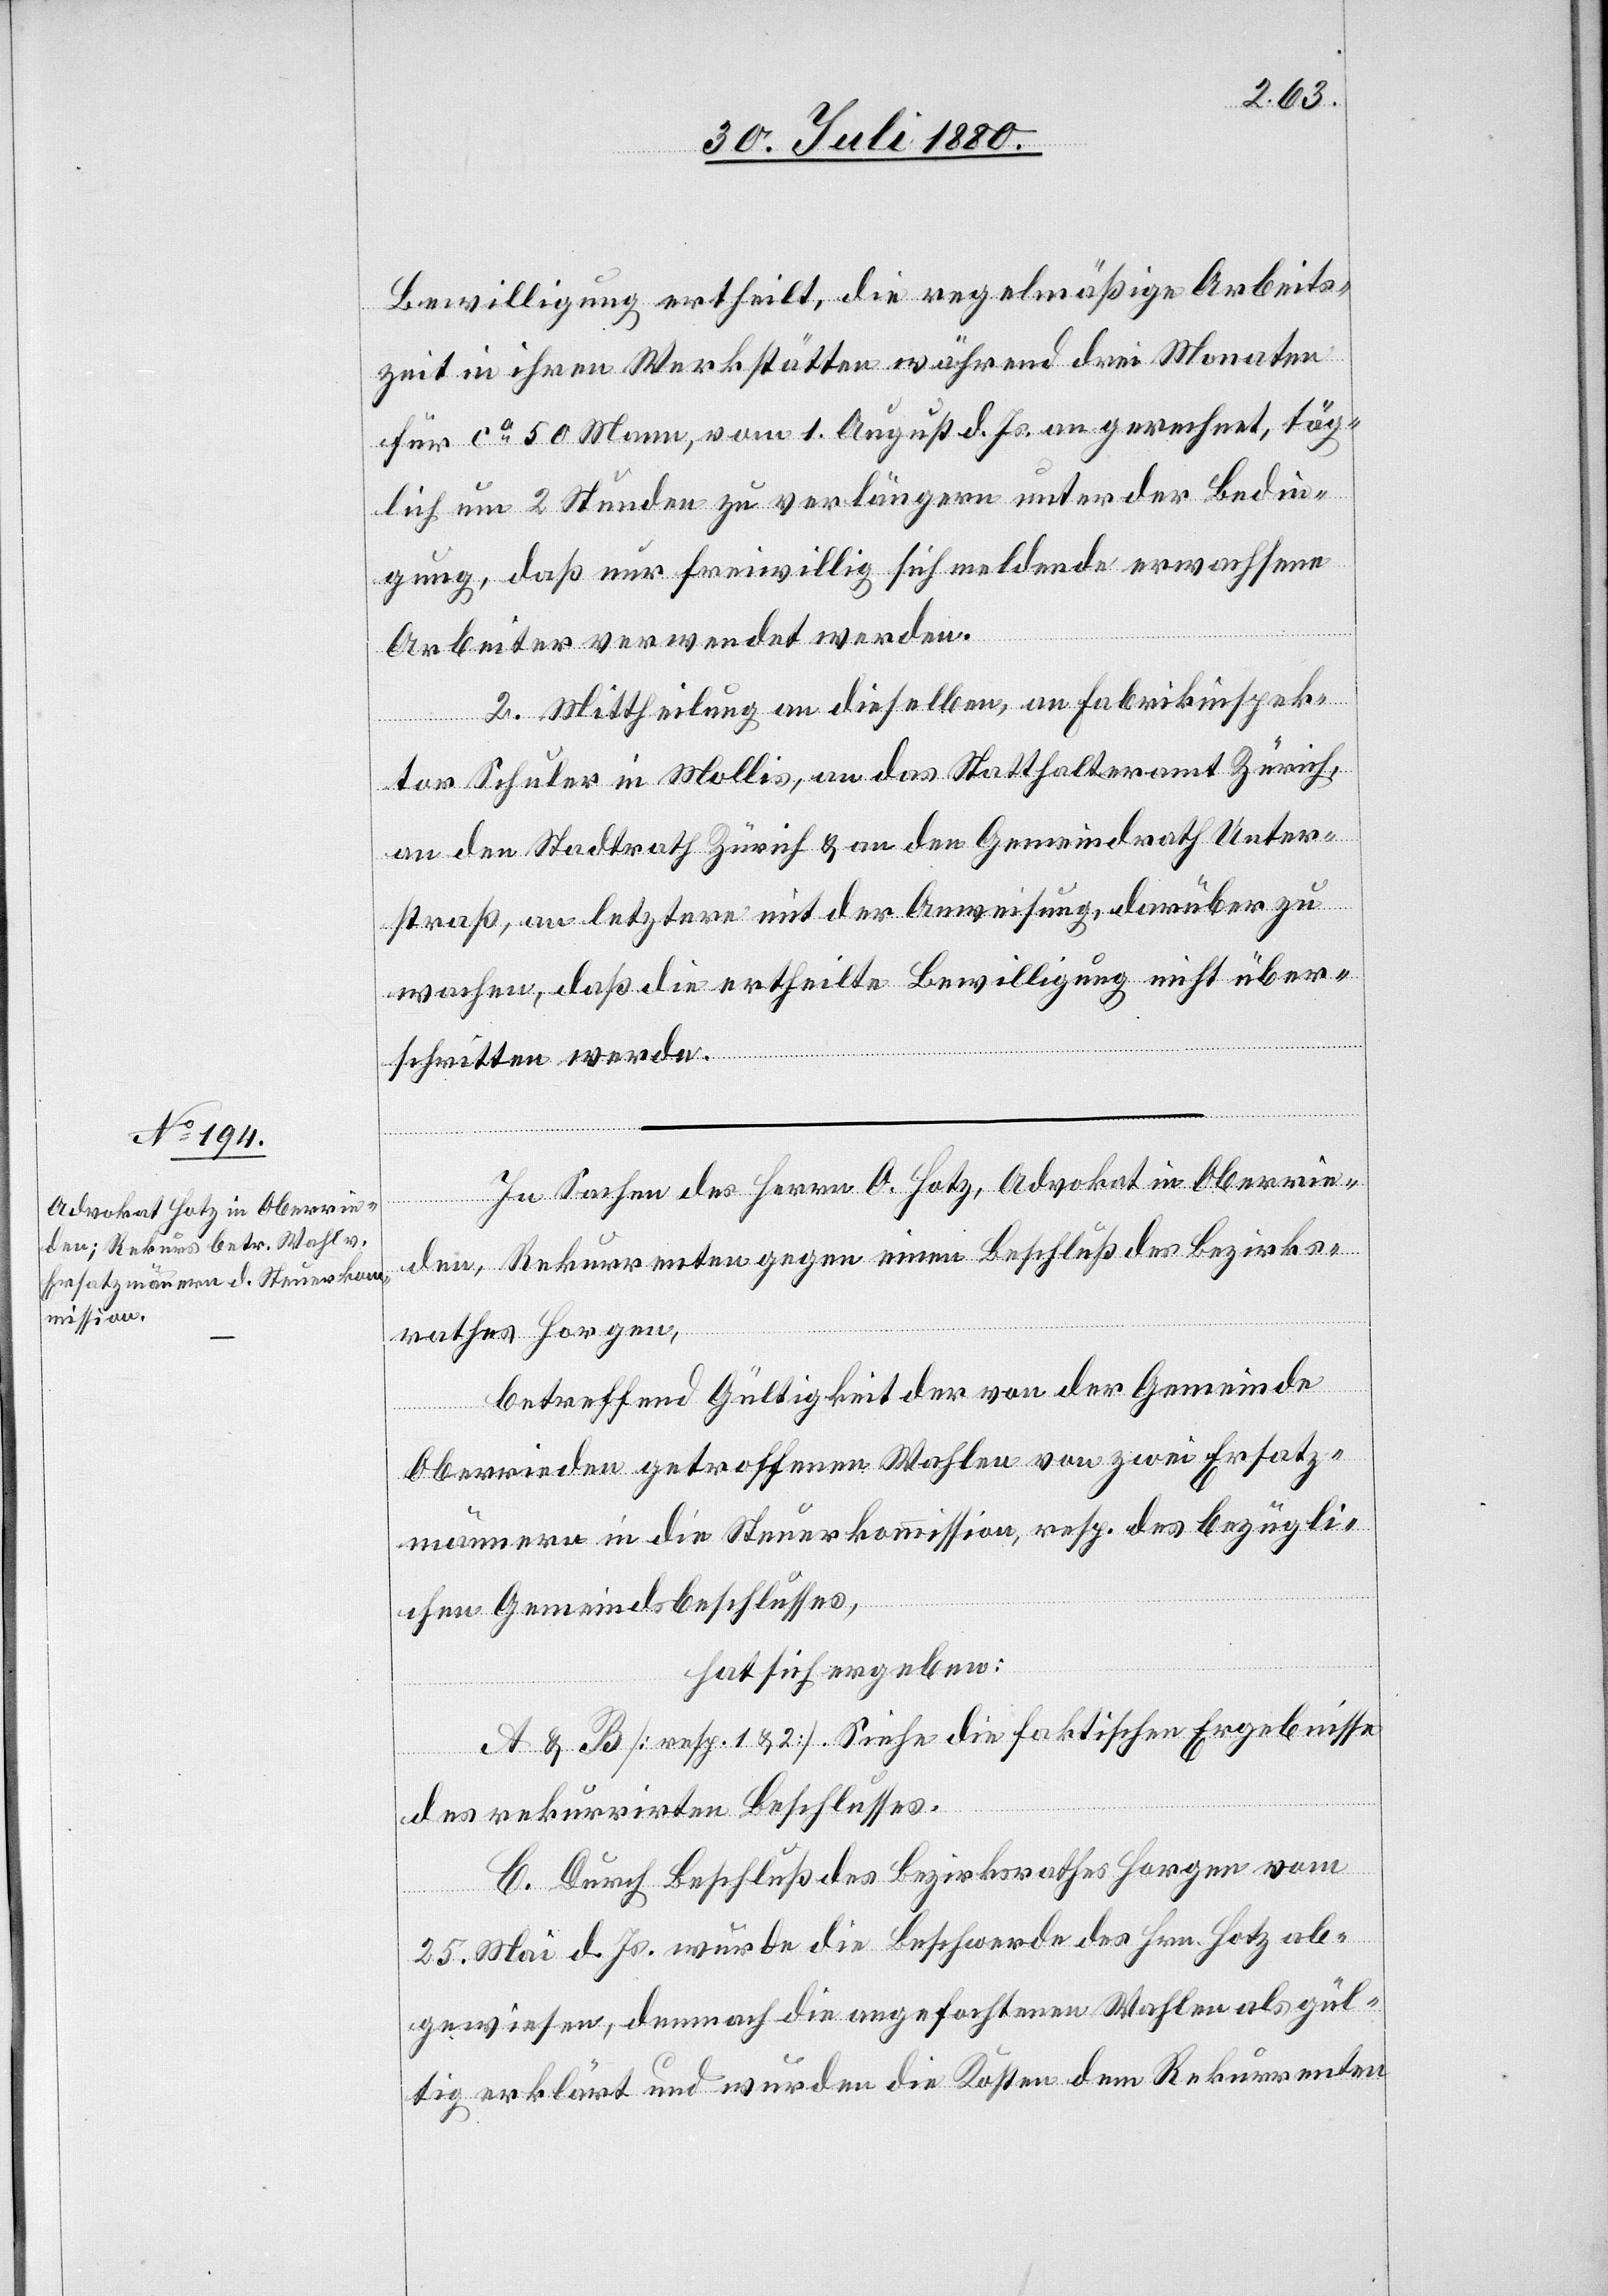
Bewilligung ertheilt, die regelmäßige Arbeits¬
zeit in ihren Werkstätten während drei Monaten
für ca 50 Mann, vom 1. August d. Js. angerechnet, täg¬
lich um 2 Stunden zu verlängern unter der Bedin¬
gung, daß nur freiwillig sich meldende erwachsene
Arbeiter verwendet werden.
2. Mittheilung an dieselben, an Fabrikinspek¬
tor Schuler in Mollis, an das Statthalteramt Zürich,
an den Stadtrath Zürich & an den Gemeindrath Unter¬
straß, an letztern mit der Anweisung, darüber zu
wachen, daß die ertheilte Bewilligung nicht über¬
schritten werde.
In Sachen des Herrn O. Hotz, Advokat in Oberrie¬
den, Rekurrenten gegen einen Beschluß des Bezirks¬
rathes Horgen,
betreffend Gültigkeit von der Gemeinde
Oberrieden getroffenen Wahlen von zwei Ersatz¬
männern in die Steuerkommission, resp. des bezügli¬
chen Gemeindsbeschlusses,
hat sich ergeben:
A & B [resp. 1 & 2]. Siehe die faktischen Ergebnisse
des rekurrirten Beschlusses.
C. Durch Beschluß des Bezirksrathes Horgen vom
25. Mai d. Js. wurde die Beschwerde des Hrn. Hotz ab¬
gewiesen, demnach die angefochtenen Wahlen als gül¬
tig erklärt und wurden die Kosten dem Rekurrenten